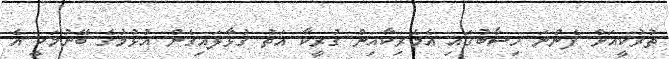
ތުރުކީއަށް ފެންނަ ހިސާބުގައި އެމެރިކާއިން ގުރީކާ އަތު ގުޅާލައިގެން އުޅުމުގެ ބޭނުމަކީ އެ